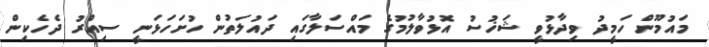
މައުމޫން ހަމީދު ވިދާޅުވީ ޝަޚުސު އޮޅުވާލުމުގެ މައްސަލާގައި ދައުލަތުން ހުށަހަޅަނީ ސިއްރު ދެހެކިން